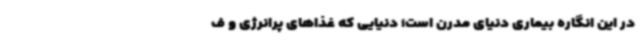
در این انگاره بیماری دنیای مدرن است؛ دنیایی که غذاهای پرانرژی و ف